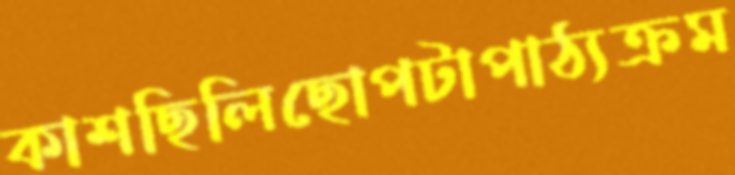
কাশছিলিছোপটাপাঠ্যক্রম